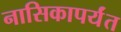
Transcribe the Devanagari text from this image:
नासिकापर्यंत